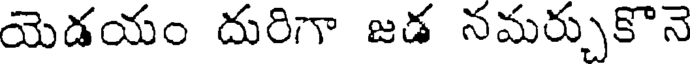
యెడయం దురిగా జడ నమర్చుకొనె